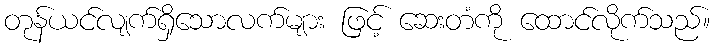
တုန်ယင်လျက်ရှိသောလက်များ ဖြင့် ဆေးတံကို ထောင်လိုက်သည်။